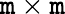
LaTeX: \mathtt{m}\times\mathtt{m}